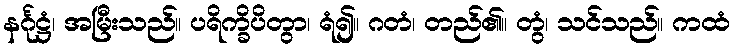
နင်္ဂုဋ္ဌံ၊ အမြီးသည်။ ပရိက္ခိပိတွာ၊ ရံ၍။ ဂတံ၊ တည်၏။ တွံ၊ သင်သည်။ ကထံ